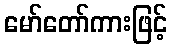
မော်တော်ကားဖြင့်